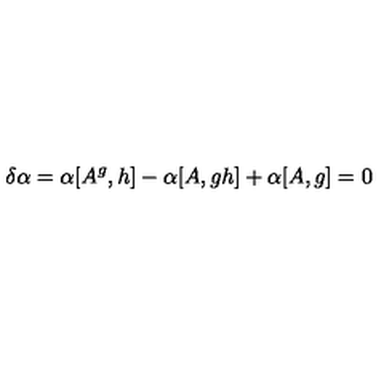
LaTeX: \delta \alpha = \alpha [ A ^ { g } , h ] - \alpha [ A , g h ] + \alpha [ A , g ] = 0